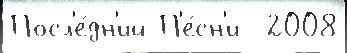
Посл'е́дн'ий П'е́сн'и  2008